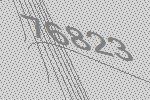
76823